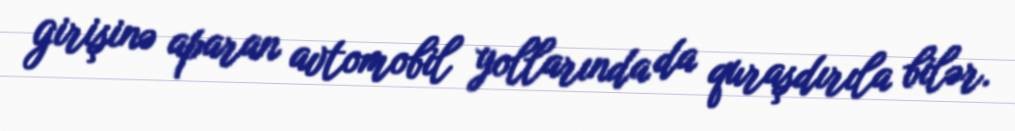
girişinə aparan avtomobil yollarında da quraşdırıla bilər.